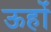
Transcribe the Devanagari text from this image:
ऊहों